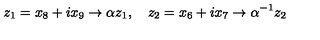
z _ { 1 } = x _ { 8 } + i x _ { 9 } \rightarrow \alpha z _ { 1 } , \quad z _ { 2 } = x _ { 6 } + i x _ { 7 } \rightarrow \alpha ^ { - 1 } z _ { 2 }